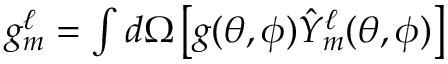
\begin{array} { r } { g _ { m } ^ { \ell } = \int \mathop { d \Omega } \left[ g ( \theta , \phi ) \hat { Y } _ { m } ^ { \ell } ( \theta , \phi ) \right] } \end{array}